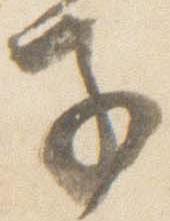
子